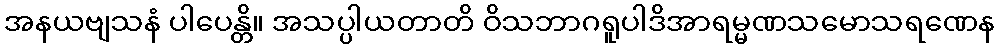
အနယဗျသနံ ပါပေန္တိ။ အသပ္ပါယတာတိ ဝိသဘာဂရူပါဒိအာရမ္မဏသမောသရဏေန